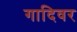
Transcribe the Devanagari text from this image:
गादिवर